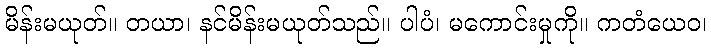
မိန်းမယုတ်။ တယာ၊ နင်မိန်းမယုတ်သည်။ ပါပံ၊ မကောင်းမှုကို။ ကတံယေဝ၊